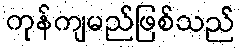
ကုန်ကျမည်ဖြစ်သည်